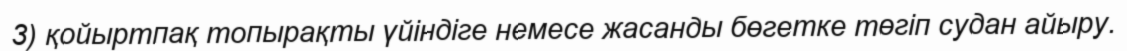
3) қойыртпақ топырақты үйіндіге немесе жасанды бөгетке төгіп судан айыру.